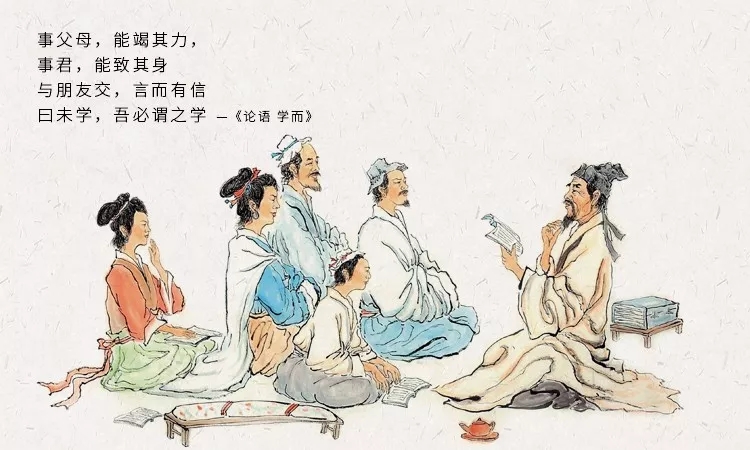
与朋友交，言而有信。